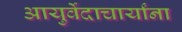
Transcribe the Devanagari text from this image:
आयुर्वेदाचार्यांना